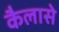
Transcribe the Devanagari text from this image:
कैलासे